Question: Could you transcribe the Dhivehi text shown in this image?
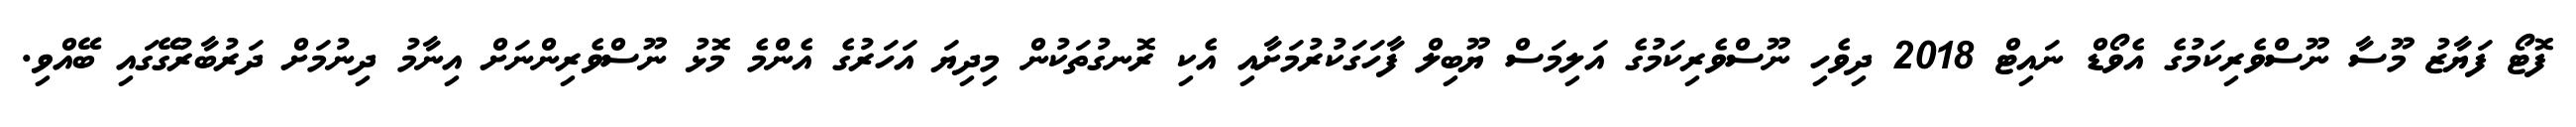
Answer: ފޮޓޯ ފަޔާޒު މޫސާ ނޫސްވެރިކަމުގެ އެވޯޑް ނައިޓް 2018 ދިވެހި ނޫސްވެރިކަމުގެ އަލިމަސް ޔޫބިލް ފާހަގަކުރުމަށާއި އެކި ރޮނގުތަކުން މިދިޔަ އަހަރުގެ އެންމެ މޮޅު ނޫސްވެރިންނަށް އިނާމު ދިނުމަށް ދަރުބާރުގޭގައި ބޭއްވި.